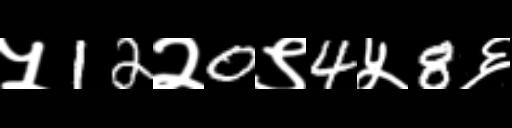
Text: ५12२0९4५8६